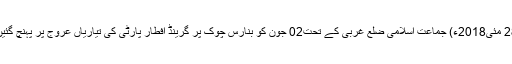
28 مئی2018ء) جماعت اسلامی ضلع غربی کے تحت02 جون کو بنارس چوک پر گرینڈ افطار پارٹی کی تیاریاں عروج پر پہنچ گئیں۔